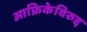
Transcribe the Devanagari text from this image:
आफ्रिकेविरुद्द